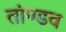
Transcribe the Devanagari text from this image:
तांण्डव